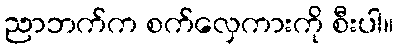
ညာဘက်က စက်လှေကားကို စီးပါ။